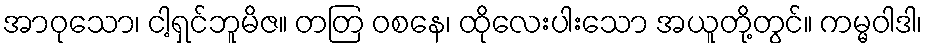
အာဝုသော၊ ငါ့ရှင်ဘူမိဇ။ တတြ ဝစနေ၊ ထိုလေးပါးသော အယူတို့တွင်။ ကမ္မဝါဒါ၊